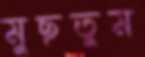
মুছতুম